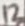
Text: 12